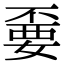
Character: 嫑